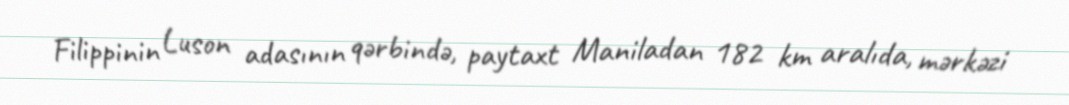
Filippinin Luson adasının qərbində, paytaxt Maniladan 182 km aralıda, mərkəzi